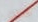
كذلك